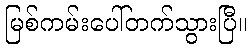
မြစ်ကမ်းပေါ်တက်သွားပြီ။